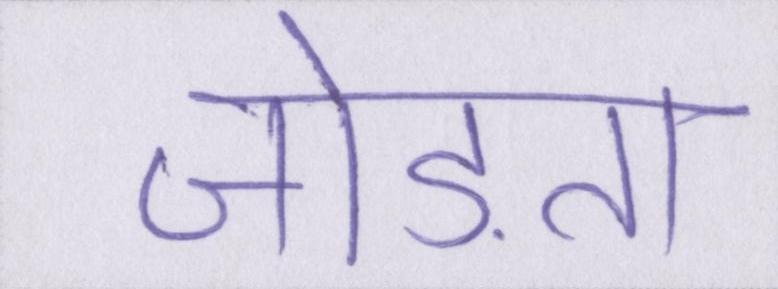
जोड़ता